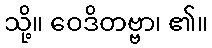
သို့။ ဝေဒိတဗ္ဗာ၊ ၏။